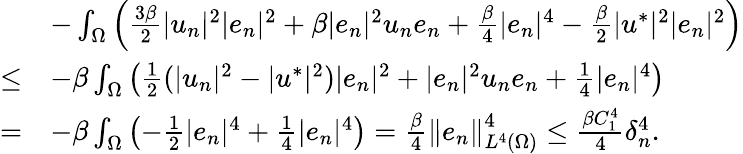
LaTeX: \begin{array}{rl}&{-\int_{\Omega}\left(\frac{3\beta}{2}|u_{n}|^{2}|e_{n}|^{2}+\beta|e_{n}|^{2}u_{n}e_{n}+\frac{\beta}{4}|e_{n}|^{4}-\frac{\beta}{2}|u^{*}|^{2}|e_{n}|^{2}\right)}\\ {\leq}&{-\beta\int_{\Omega}\left(\frac{1}{2}(|u_{n}|^{2}-|u^{*}|^{2})|e_{n}|^{2}+|e_{n}|^{2}u_{n}e_{n}+\frac{1}{4}|e_{n}|^{4}\right)}\\ {=}&{-\beta\int_{\Omega}\left(-\frac{1}{2}|e_{n}|^{4}+\frac{1}{4}|e_{n}|^{4}\right)=\frac{\beta}{4}\left\Vert e_{n}\right\Vert_{L^{4}(\Omega)}^{4}\leq\frac{\beta C_{1}^{4}}{4}\delta_{n}^{4}.}\end{array}